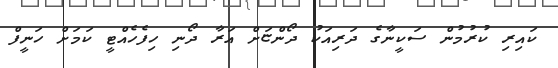
ކައިރި ކުރުމުން ސަކީނާގެ ދަރިއަކު ދޯންޏަށް އަރާ ދޯނި ހިފެހެއްޓީ ކަމަށް ހަނީފް